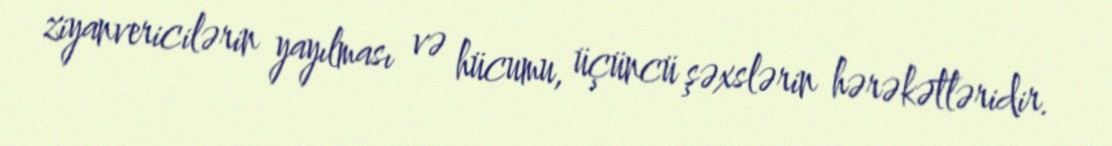
ziyanvericilərin yayılması və hücumu, üçüncü şəxslərin hərəkətləridir.